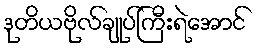
ဒုတိယဗိုလ်ချုပ်ကြီးရဲအောင်